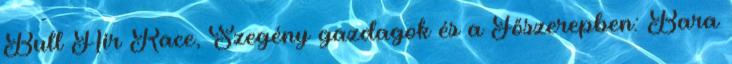
Bull Air Race, Szegény gazdagok és a Főszerepben: Bara